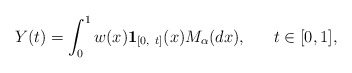
\begin{align*}Y(t)=\int_0^1 w(x)\mathbf{1}_{[0,\ t]}(x)M_\alpha ( dx), \ \ \ \ \ t \in [0, 1],\end{align*}